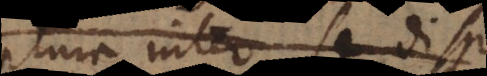
plura inter se disp.